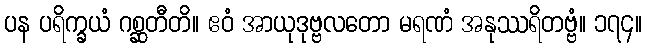
ပန ပရိက္ခယံ ဂစ္ဆတီတိ။ ဧဝံ အာယုဒုဗ္ဗလတော မရဏံ အနုဿရိတဗ္ဗံ။ ၁၇၄။